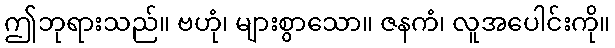
ဤဘုရားသည်။ ဗဟုံ၊ များစွာသော။ ဇနကံ၊ လူအပေါင်းကို။